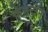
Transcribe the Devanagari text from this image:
केनटॉन